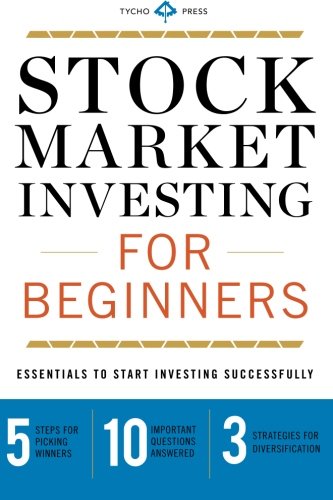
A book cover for Stock Market Investing for Beginners: Essentials to Start Investing Successfully; Tycho Press; Business & Money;